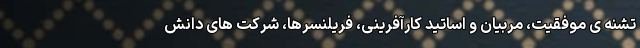
تشنه ی موفقیت، مربیان و اساتید کارآفرینی، فریلنسرها، شرکت های دانش